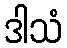
ဒါသံ